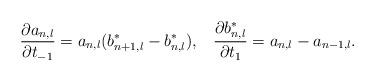
LaTeX: \begin{align*}\frac{\partial a_{n,l}}{\partial t_{-1}}=a_{n,l}(b_{n+1,l}^{*}-b_{n,l}^{*}),\;\;\;\frac{\partial b_{n,l}^{*}}{\partial t_{1}}=a_{n,l}-a_{n-1,l}.\end{align*}